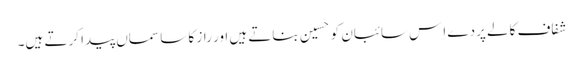
شفاف کالے پردے اِس سائبان کو حَسِین بناتے ہیں اور راز کا سا سماں پیدا کرتے ہیں۔